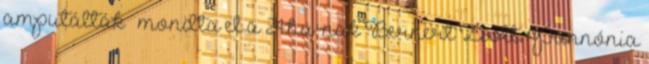
amputálták – mondta el a 24.hu-nak Bernert Zsolt. Pannónia